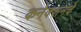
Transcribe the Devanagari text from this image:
कनेक्शनचे